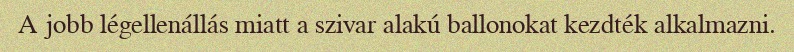
A jobb légellenállás miatt a szivar alakú ballonokat kezdték alkalmazni.